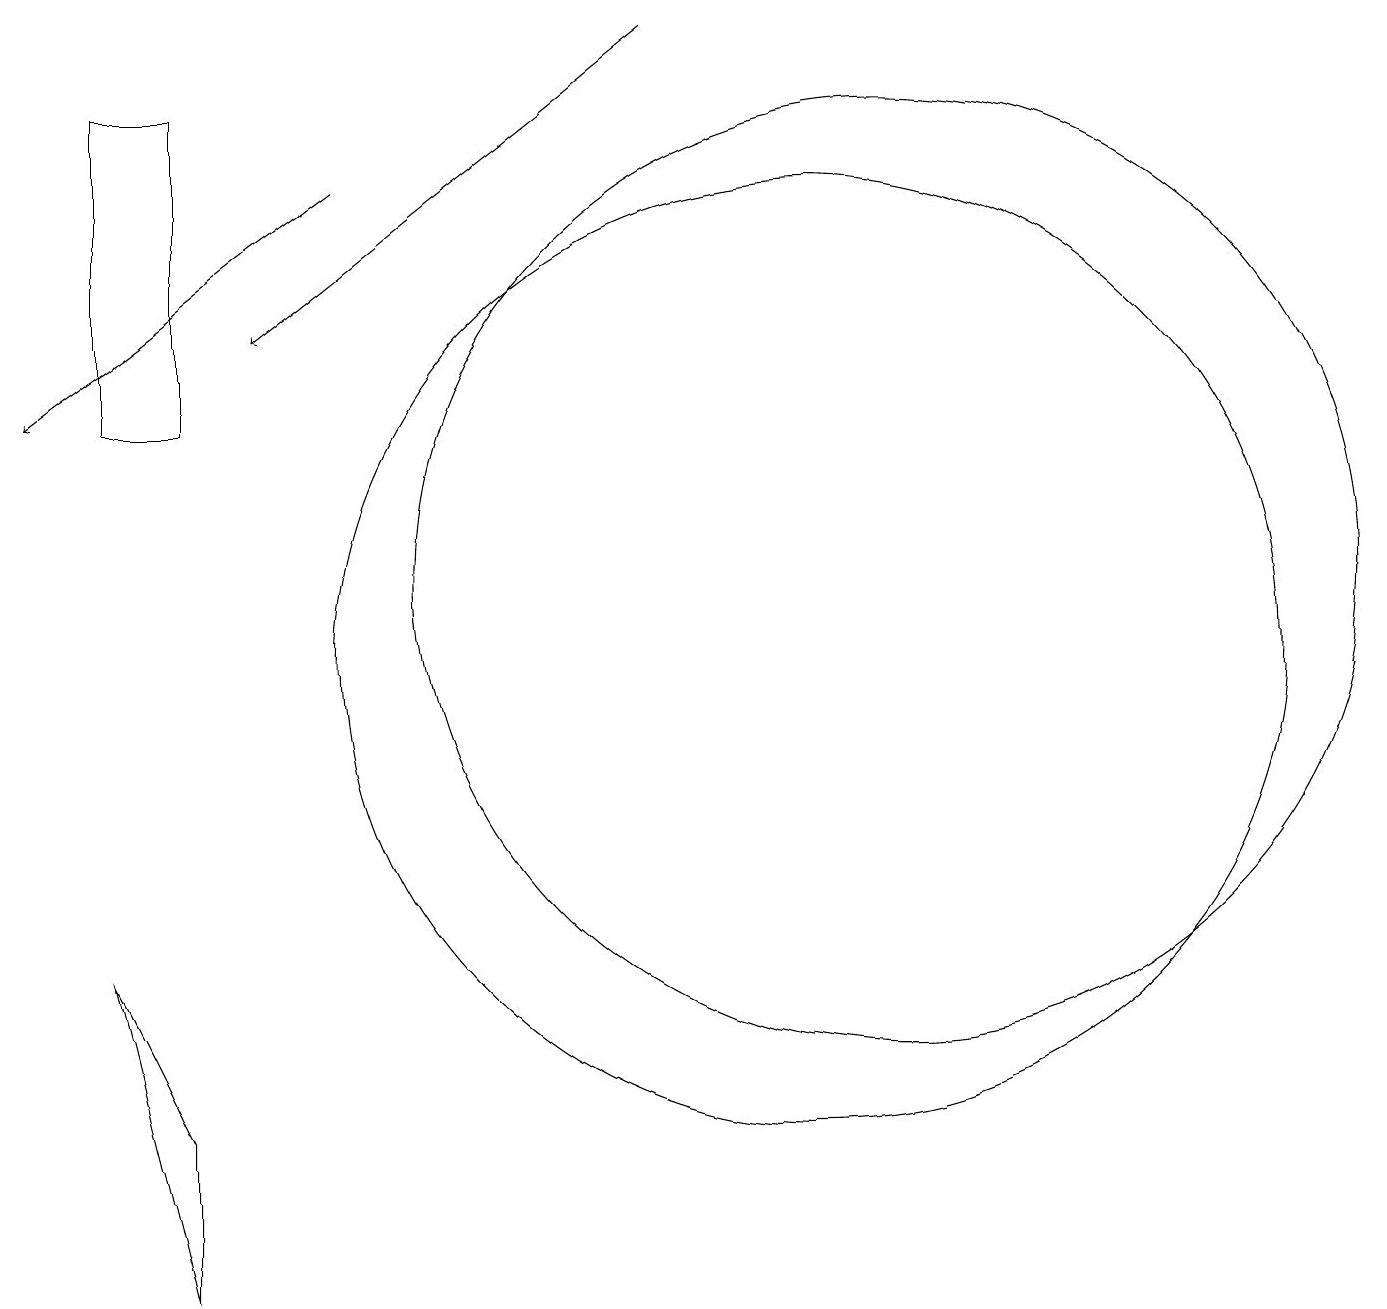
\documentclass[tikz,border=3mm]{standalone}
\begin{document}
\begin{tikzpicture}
\draw (2,18) rectangle (1,14);
\draw[->] (8,19) -- (3,15);
\draw[->] (4,17) -- (0,14);
\draw (11,12) circle (6);
\draw (2,3) -- (2,5) -- (1,7) -- cycle;
\draw (10,11) circle (6);
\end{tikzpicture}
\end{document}